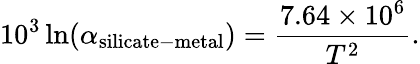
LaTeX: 10^{3}\ln(\alpha_{\mathrm{silicate-metal}})=\frac{7.64\times 10^{6}}{T^{2}}.